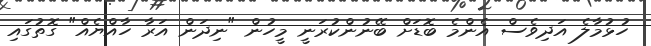
ހުޅުމާލެ އަދިވެސް އެންމެ ބޮޑަށް ބޭނުންކުރަނީ މީހުން "ނިދަން އަރާ ހާއްޔެއް" ގޮތުގައި